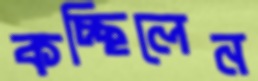
কচ্ছিলেন